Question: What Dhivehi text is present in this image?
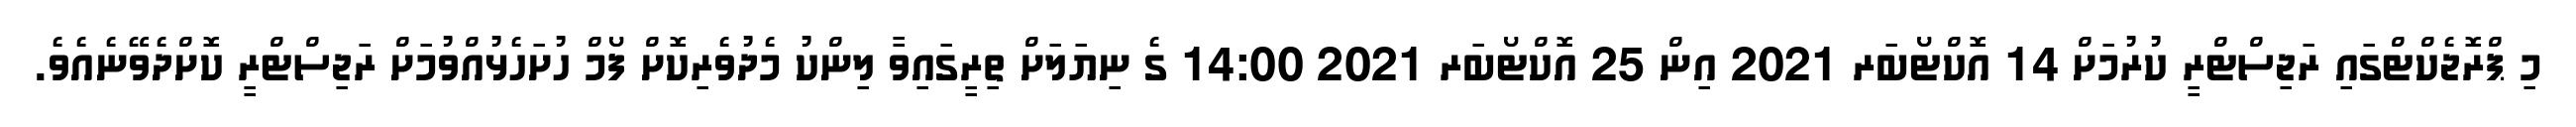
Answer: މި ޕްރޮޖެކްޓްގައި ރަޖިސްޓްރީ ކުރުމަށް 14 އޮކްޓޯބަރ 2021 އިން 25 އޮކްޓޯބަރ 2021 14:00 ގެ ނިޔަލަށް ތިރީގައިވާ ލިންކު މެދުވެރިކޮށް ފޯމް ހުށަހެޅުއްވުމަށް ރަޖިސްޓްރީ ކޮށްދެވޭނެއެވެ.